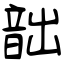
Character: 韷